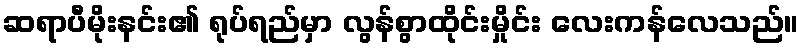
ဆရာပီမိုးနင်း၏ ရုပ်ရည်မှာ လွန်စွာထိုင်းမှိုင်း လေးကန်လေသည်။